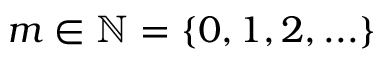
m \in \mathbb { N } = \{ 0 , 1 , 2 , . . . \}